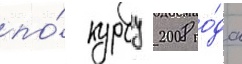
по́ курсу 2008 го́да